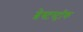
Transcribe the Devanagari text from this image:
ब्रेस्टस्ट्रॉक